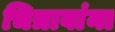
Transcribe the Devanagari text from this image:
चित्रावांना